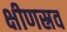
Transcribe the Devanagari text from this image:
क्षीणस्रव